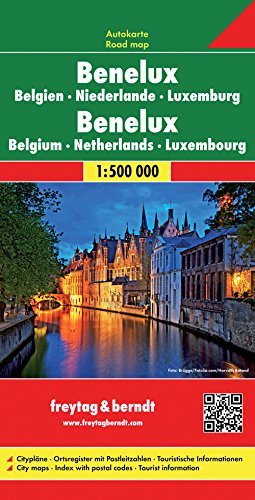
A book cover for Benelux - Belgium/Lux/Netherlands; Freytag-Berndt und Artaria; Travel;